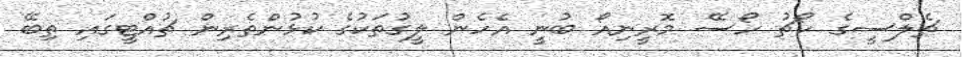
ޗެލްސީގެ ކޯޗު ހޯސޭ މޮރީނިއޯ ބުނީ އެހެން ލީގުތަކުގެ ކުޅުންތެރިން ޗުއްޓީގައި ތިބޭ